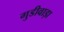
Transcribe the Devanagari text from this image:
गुडीवाड़ा